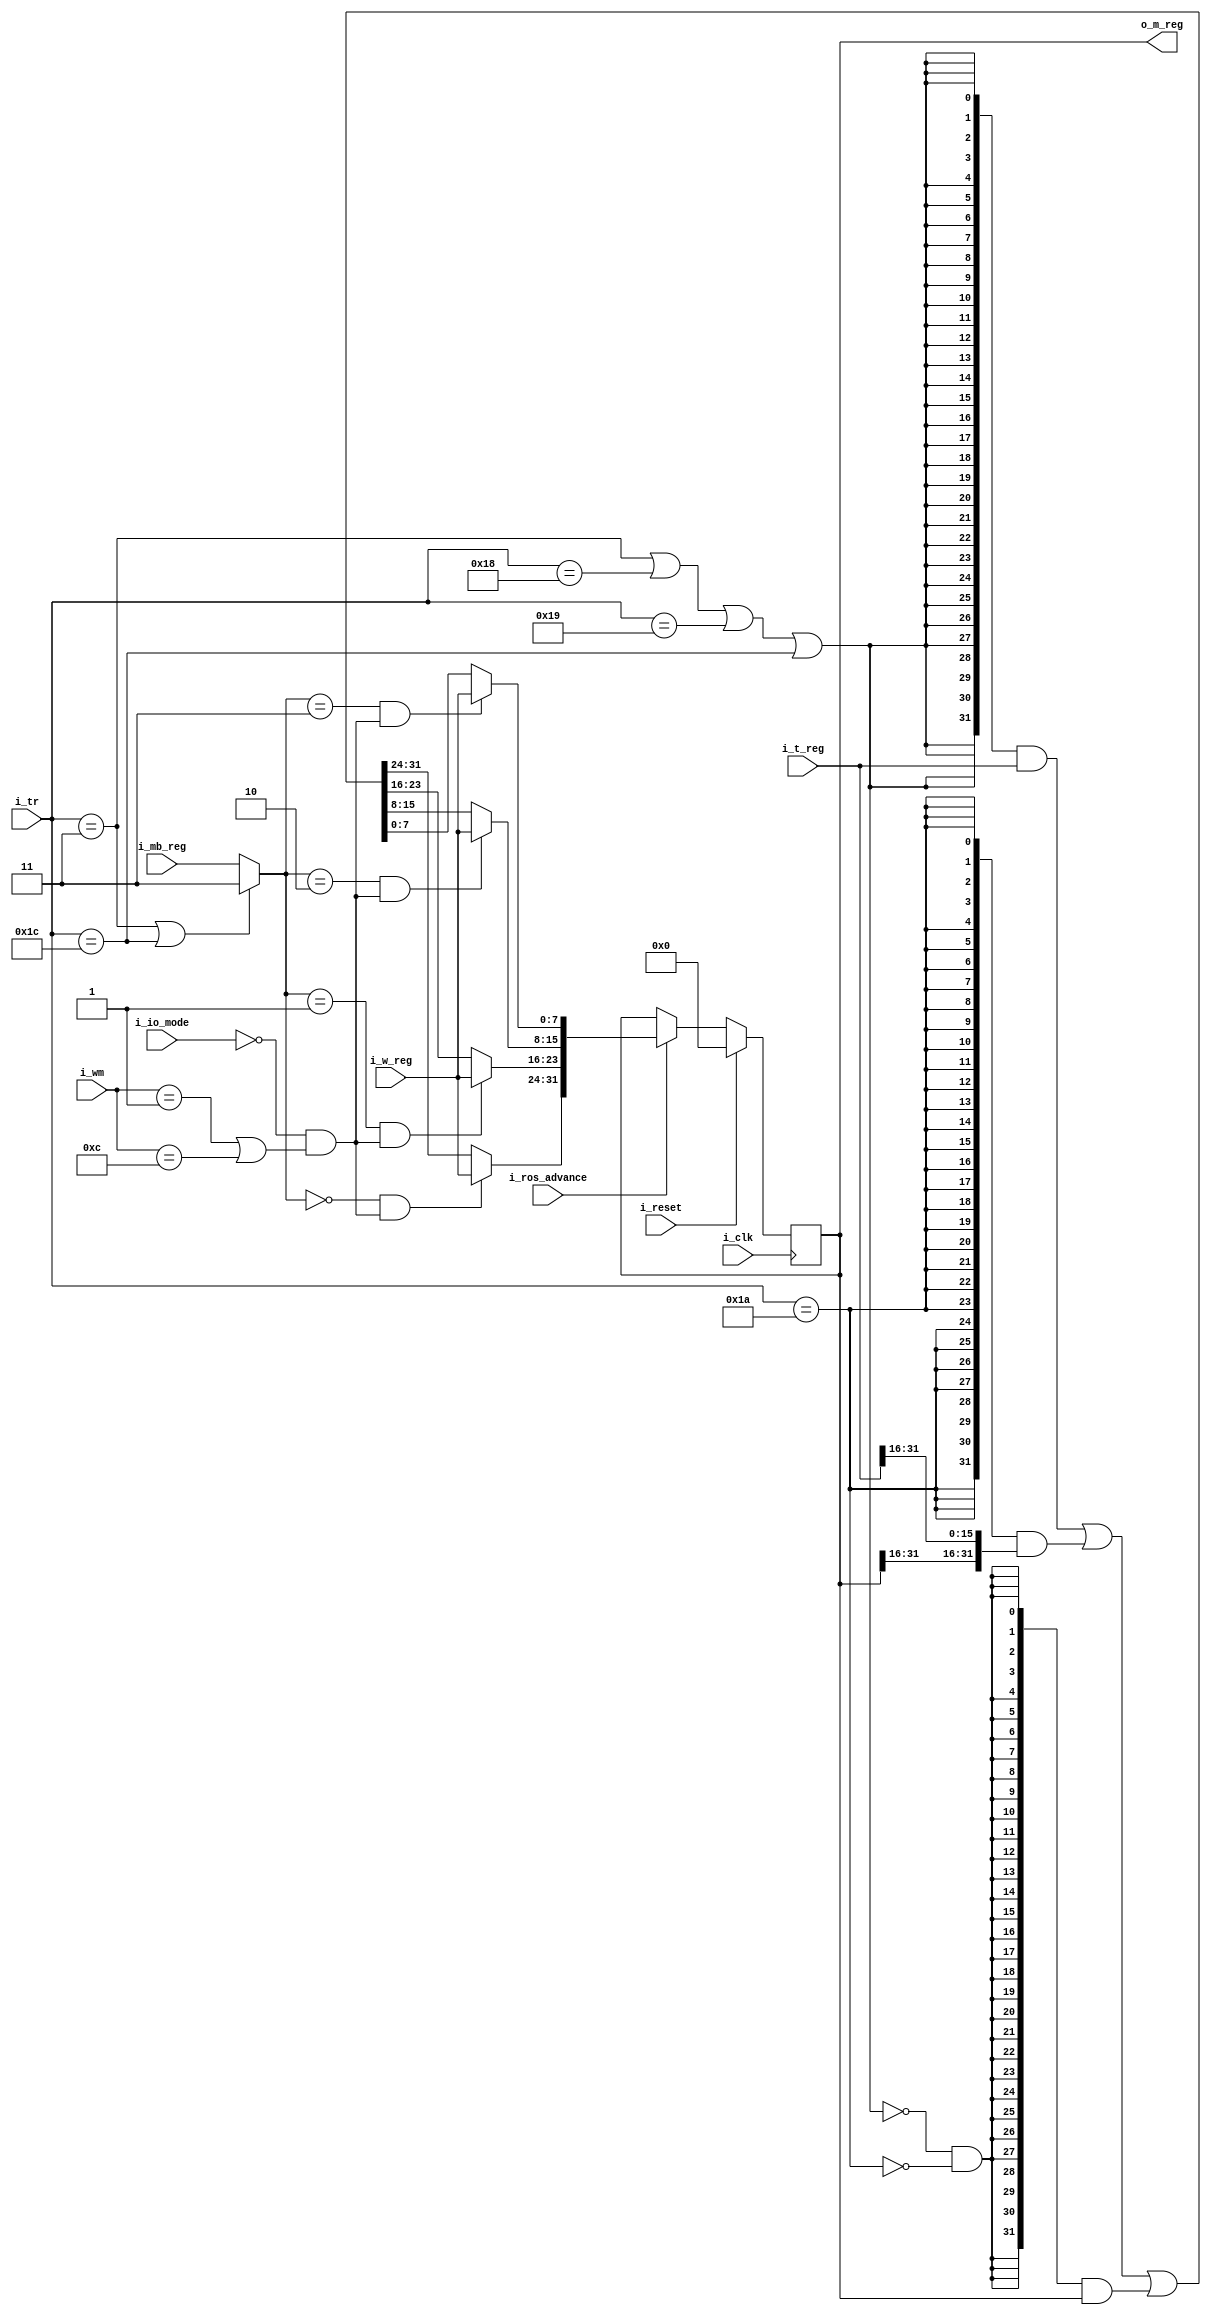
`default_nettype   none

// 2050 m register

module x2050mreg (i_clk, i_reset,
	i_ros_advance,
	i_io_mode,
	i_tr,
	i_wm,
	i_mb_reg,
	i_t_reg,
	i_w_reg,
	o_m_reg);

	input wire i_clk;
	input wire i_reset;
	input wire i_ros_advance;
	input wire i_io_mode;

	input wire [4:0] i_tr;
	input wire [3:0] i_wm;
	input wire [1:0] i_mb_reg;
	input wire [31:0] i_t_reg;
	input wire [7:0] i_w_reg;
	output reg [31:0] o_m_reg;

	wire force_mb_3 = (i_tr == 5'd3)
		| (i_tr == 5'd28);
	wire use_t_reg = (i_tr == 5'd3)
		| (i_tr == 5'd24)
		| (i_tr == 5'd25)
		| (i_tr == 5'd28);
	wire half_reg = (i_tr == 5'd26);
	wire pass_m = ~use_t_reg & ~half_reg;

	wire [31:0] next_m1 =
		{32{use_t_reg}} & i_t_reg
		| {32{half_reg}} & {o_m_reg[31-0:31-15],i_t_reg[31-0:31-15]}
		| {32{pass_m}} & o_m_reg;

	wire do_m_mb_w = ~i_io_mode & ((i_wm == 4'd1) | (i_wm == 4'd12));
	wire [1:0] mb = force_mb_3 ? 2'd3 : i_mb_reg;
	wire [31:0] next_mreg = {
		(mb == 2'd0 & do_m_mb_w) ? i_w_reg : next_m1[31:24],
		(mb == 2'd1 & do_m_mb_w) ? i_w_reg : next_m1[23:16],
		(mb == 2'd2 & do_m_mb_w) ? i_w_reg : next_m1[15:8],
		(mb == 2'd3 & do_m_mb_w) ? i_w_reg : next_m1[7:0]
	};

// m register: rm001

always @(posedge i_clk)
	if (i_reset)
		o_m_reg <= 0;
	else if (!i_ros_advance)
		;
	else begin
		o_m_reg <= next_mreg;
	end
endmodule